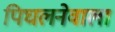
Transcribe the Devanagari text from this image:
पिघलनेवाला